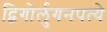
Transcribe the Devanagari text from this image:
द्विगोर्लुगनपत्ये